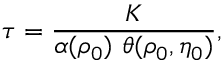
\tau = \frac { K } { \alpha ( \rho _ { 0 } ) \ \theta ( \rho _ { 0 } , \eta _ { 0 } ) } ,